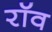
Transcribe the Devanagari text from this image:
रॉव